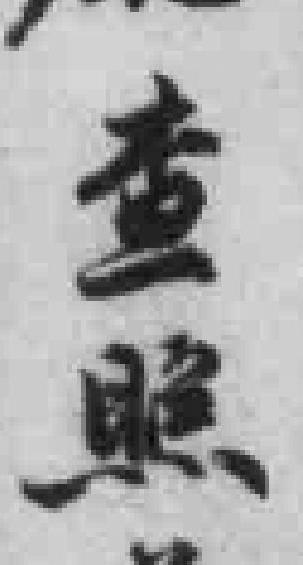
查照